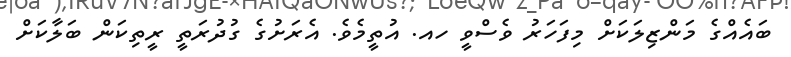
ބައެއްގެ މަންޒިލަކަށް މިފަހަރު ވެސްވީ ހއ. އުތީމެވެ. އެރަށުގެ ގުދުރަތީ ރީތިކަން ބަލާކަށް